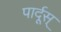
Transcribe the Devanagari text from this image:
पार्दूस्